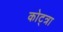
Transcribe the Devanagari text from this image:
कोट्त्रा